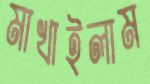
মাখাইলাম